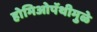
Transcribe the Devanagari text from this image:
होमिओपॅथीमुळे